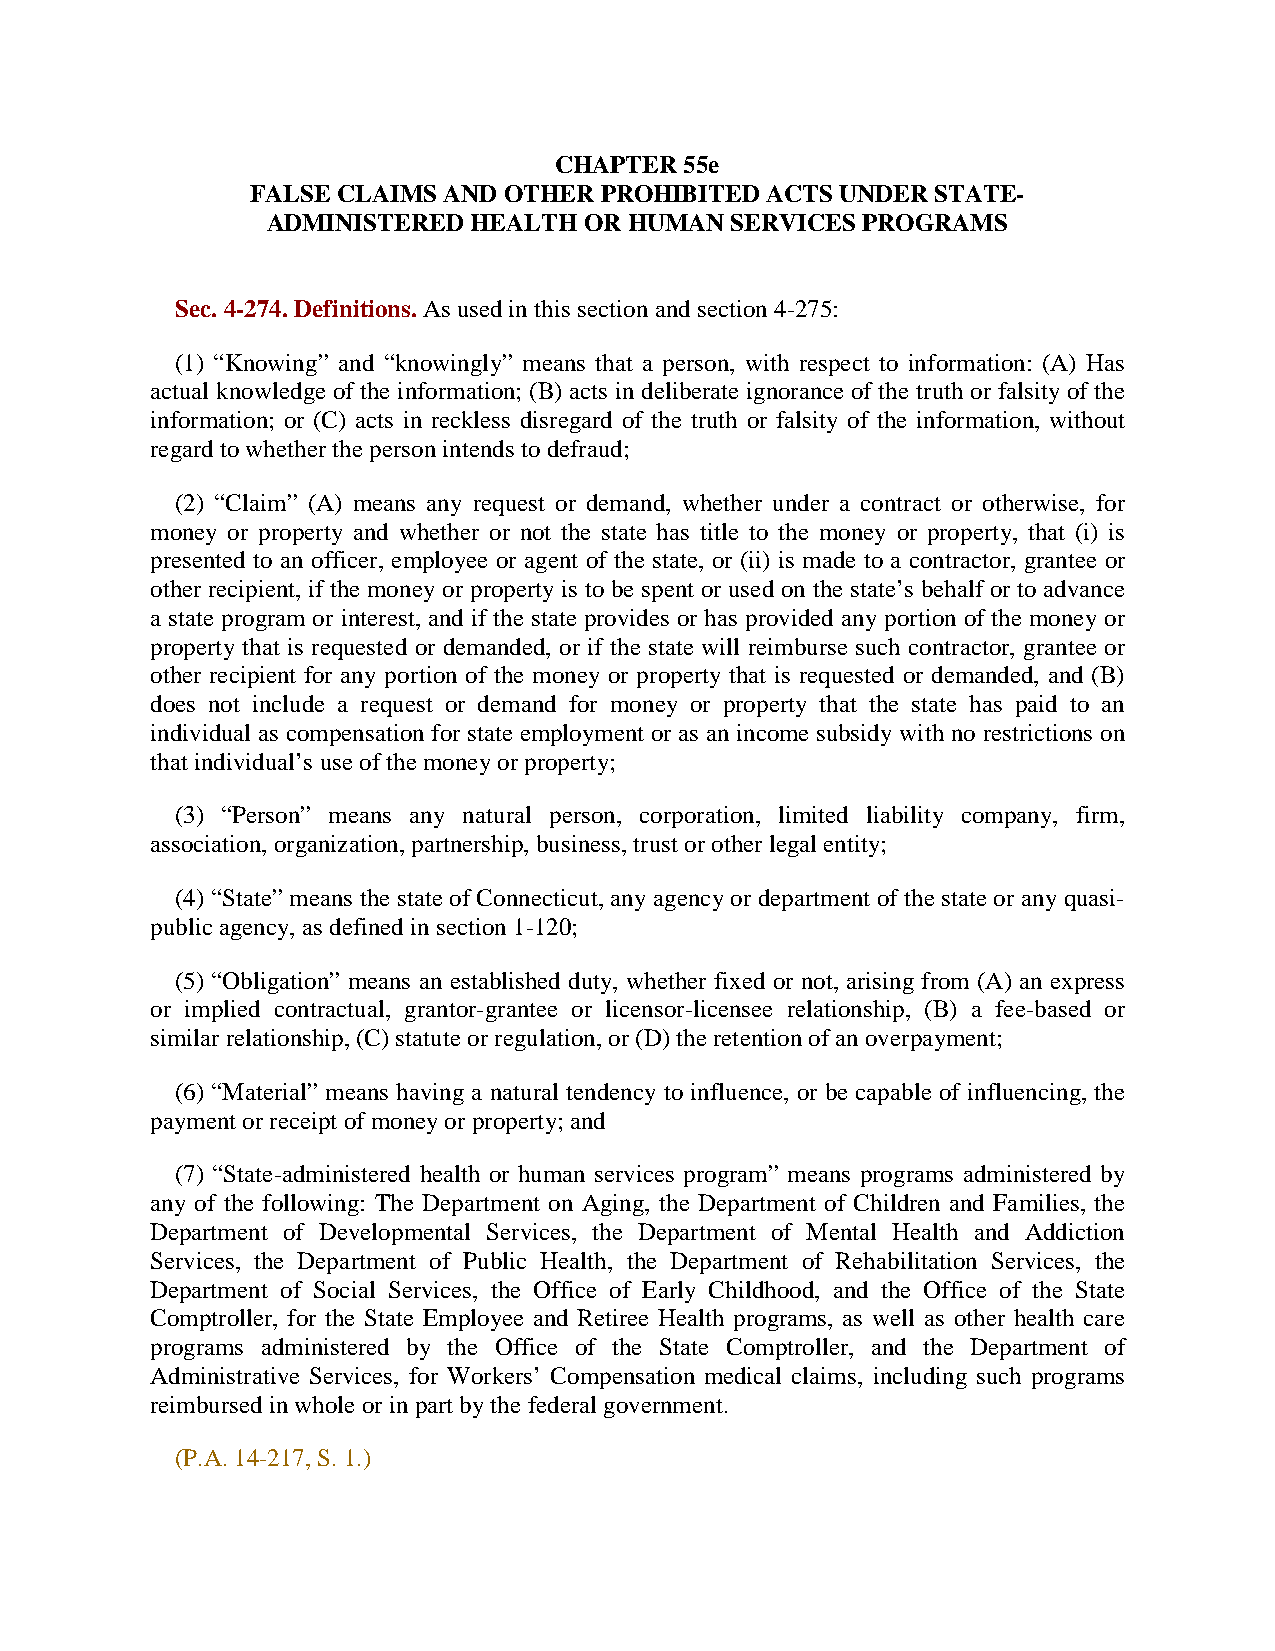
CHAPTER 55e
 FALSE CLAIMS AND OTHER PROHIBITED ACTS UNDER STATE-
 ADMINISTERED HEALTH  OR HUMAN SERVICES PROGRAMS
 Sec. 4-274. Definitions. As used in this section and section 4-275:
 (1) “Knowing” and “knowingly” means that a person, with respect to information: (A) Has
 actual knowledge of the information; (B) acts in deliberate ignorance of the truth or falsity of the
 information; or (C) acts in reckless disregard of the truth or falsity of the information, without
 regard to whether the person intends to defraud;
 (2) “Claim” (A) means any request or demand, whether under a contract or otherwise, for
 money or property and whether or not the state has title to the money or property, that (i) is
 presented to an officer, employee or agent of the state, or (ii) is made to a contractor, grantee or
 other recipient, if the money or property is to be spent or used on the state’s behalf or to advance
 a state program or interest, and if the state provides or has provided any portion of the money or
 property that is requested or demanded, or if the state will reimburse such contractor, grantee or
 other recipient for any portion of the money or property that is requested or demanded, and (B)
 does not include a request or demand for money or property that the state has paid to an
 individual as compensation for state employment or as an income subsidy with no restrictions on
 that individual’s use of the money or property;
 (3) “Person” means any natural person, corporation, limited liability company, firm,
 association, organization, partnership, business, trust or other legal entity;
 (4) “State” means the state of Connecticut, any agency or department of the state or any quasi-
 public agency, as defined in section 1-120;
 (5) “Obligation” means an established duty, whether fixed or not, arising from (A) an express
 or implied contractual, grantor-grantee or licensor-licensee relationship, (B) a fee-based or
 similar relationship, (C) statute or regulation, or (D) the retention of an overpayment;
 (6) “Material” means having a natural tendency to influence, or be capable of influencing, the
 payment or receipt of money or property; and
 (7) “State-administered health or human services program” means programs administered by
 any of the following: The Department on Aging, the Department of Children and Families, the
 Department of Developmental Services, the Department of Mental Health and Addiction
 Services, the Department of Public Health, the Department of Rehabilitation Services, the
 Department of Social Services, the Office of Early Childhood, and the Office of the State
 Comptroller, for the State Employee and Retiree Health programs, as well as other health care
 programs administered by the Office of the State Comptroller, and the Department of
 Administrative Services, for Workers’ Compensation medical claims, including such programs
 reimbursed in whole or in part by the federal government.
 (P.A. 14-217, S. 1.)